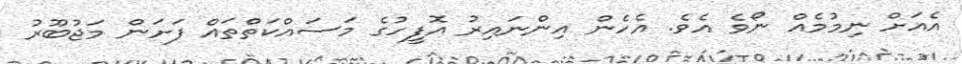
އެއަށް ނިމުމެއް ނޯވެ އެވެ. އެހެން އިންނައިރު އޮފީހުގެ މަސައްކަތްތައް ފަށަން މަޖުބޫރު